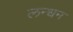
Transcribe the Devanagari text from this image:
लन्धन